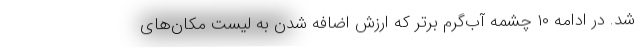
شد. در ادامه ۱۰ چشمه آب‌گرم برتر که ارزش اضافه شدن به لیست مکان‌های